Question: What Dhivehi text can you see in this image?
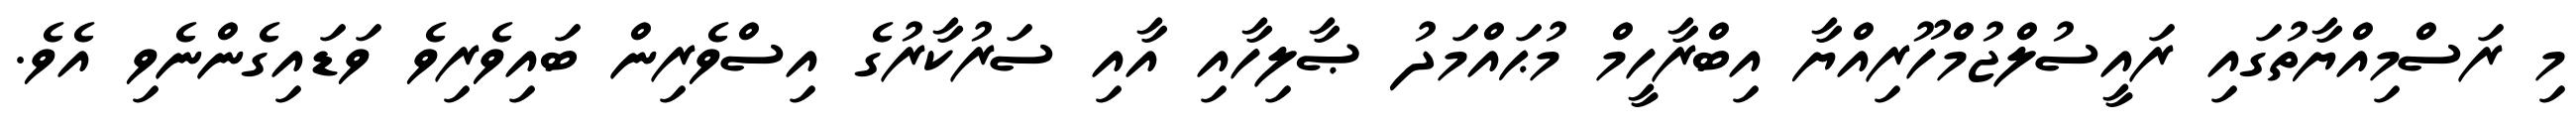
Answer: މި ރަސްމިއްޔާތުގައި ރައީސުލްޖުމްހޫރިއްޔާ އިބްރާހީމް މުޙައްމަދު ޞާލިހާއި އާއި ސަރުކާރުގެ އިސްވެރިން ބައިވެރިވެ ވަޑައިގެންނެވި އެވެ.